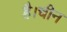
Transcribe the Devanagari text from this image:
है।चीन